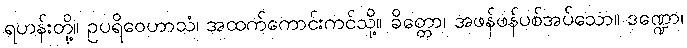
ရဟန်းတို့။ ဥပရိဝေဟာသံ၊ အထက်ကောင်းကင်သို့။ ခိတ္တော၊ အဖန်ဖန်ပစ်အပ်သော။ ဒဏ္ဍော၊